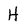
Character: H